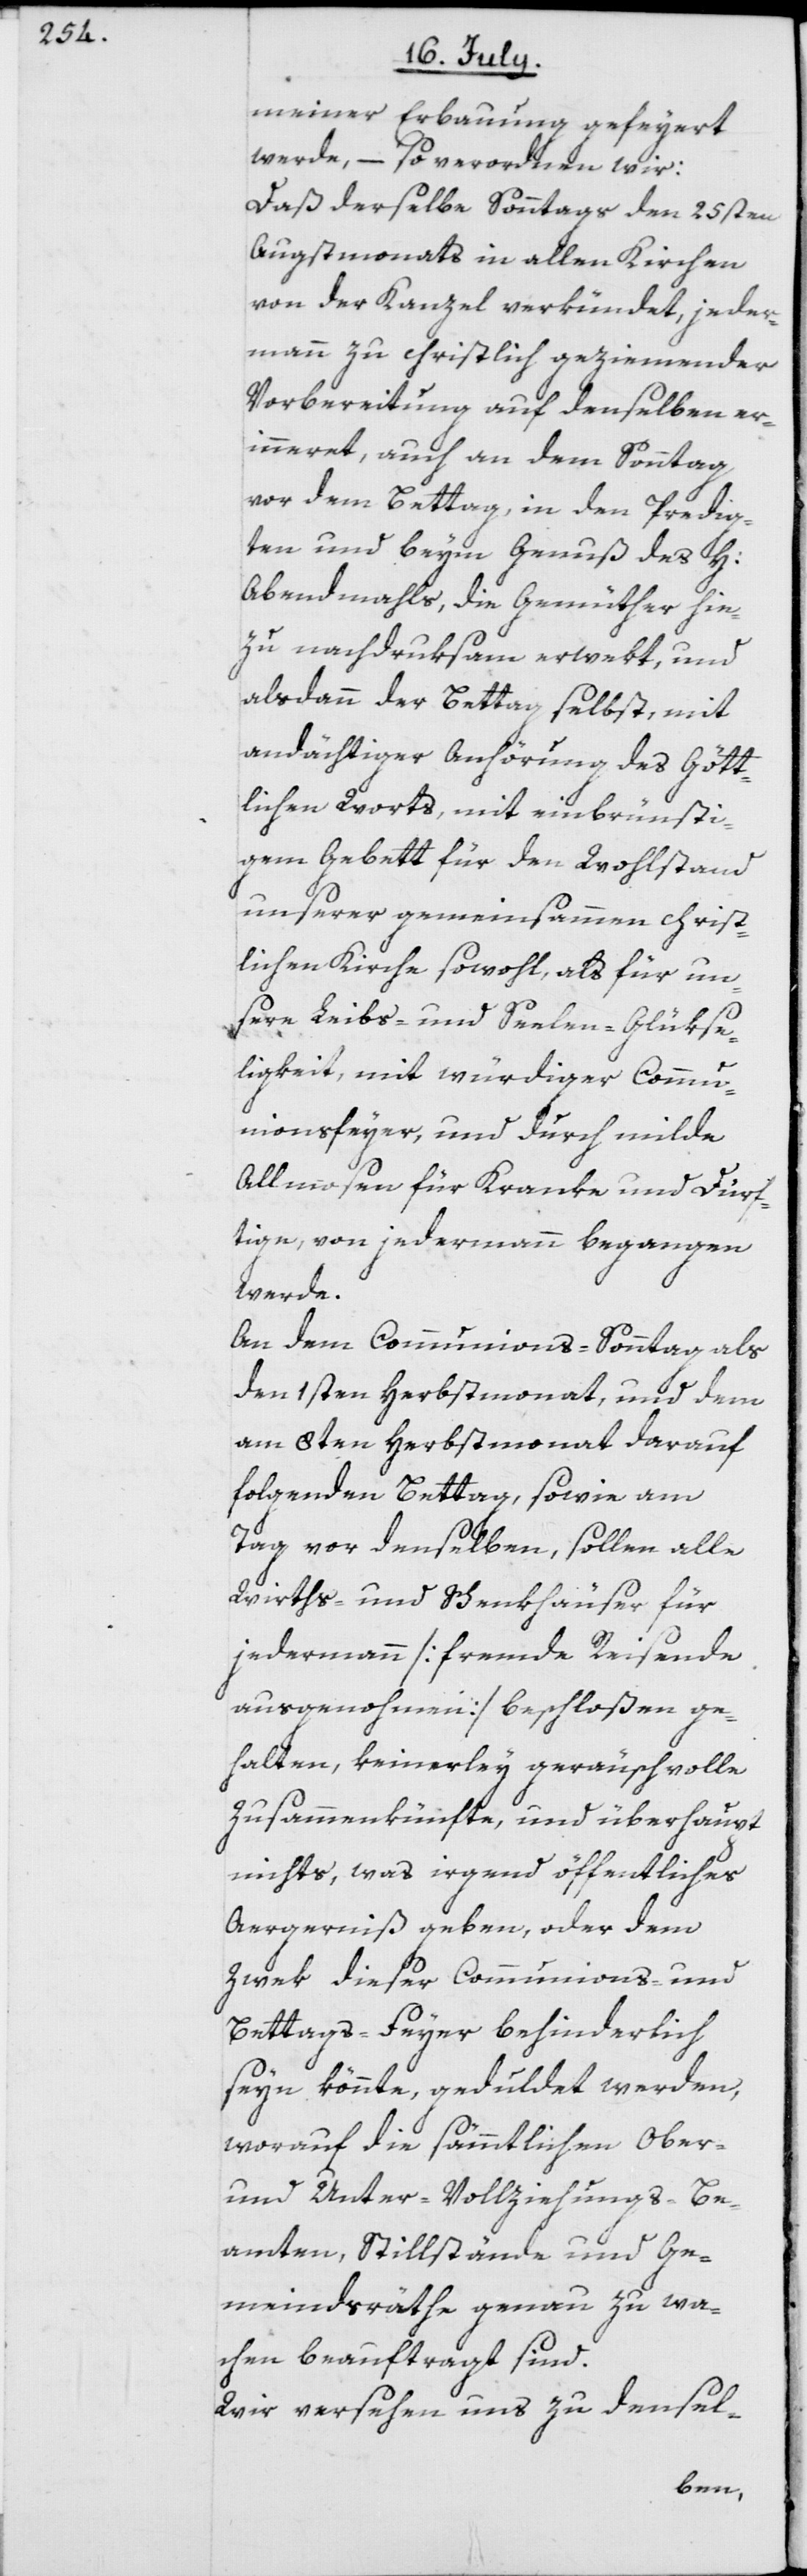
meiner Erbauung gefeyert
werde, – so verordnen wir:
Daß derselbe Sonntags den 25sten
Augstmonats in allen Kirchen
von der Kanzel verkündet, jeder¬
mann zu christlich geziemender
Vorbereitung auf denselben er¬
inneret, auch an dem Sonntag
vor dem Bettag, in den Predig¬
ten und beym Genuß des H:
Abendmahls, die Gemüther hie¬
zu nachdruksam erwekt, und
alsdann der Bettag selbst, mit
andächtiger Anhörung des Gött¬
lichen Worts, mit einbrünsti¬
gem Gebett für den Wohlstand
unserer gemeinsammen christ¬
lichen Kirche sowohl, als für un¬
sere Leibs- und Seelen-Glükse¬
ligkeit, mit würdiger Commu¬
nionsfeyer, und durch milde
Allmosen für Kranke und Dürf¬
tige, von jedermann begangen
werde.
An dem Communions-Sonntag als
den 1sten Herbstmonat, und dem
am 8ten Herbstmonat darauf
folgenden Bettag, sowie am
Tag vor denselben, sollen alle
Wirths- und Schenkhäuser für
jedermann [fremde Reisende
ausgenohmen] beschloßen ge¬
halten, keinerley geräuschvolle
Zusammenkünfte, und überhaupt
nichts, was irgend öffentliches
Aergerniß geben, oder dem
Zwek dieser Communions- und
Bettags-Feyer behinderlich
seyn könnte, geduldet werden,
worauf die sämmtlichen Ober-
und Unter-Vollziehungs-Be¬
amten, Stillstände und Ge¬
meindsräthe genau zu wa¬
chen beauftragt sind.
Wir versehen uns zu densel-